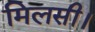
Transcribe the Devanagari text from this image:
मिलसी।